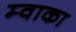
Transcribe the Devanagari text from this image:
म्वाका